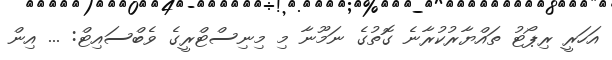
އަހަރީ ރިޕޯޓު ތައްޔާރުކުރާނެ ގޮތުގެ ނަމޫނާ މި މިނިސްޓްރީގެ ވެބްސައިޓް: ... އިން